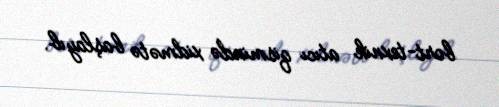
bort-texnik atıcı qismində xidmətə başlayıb.